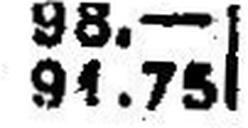
91.75